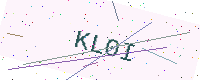
Text: KL0I